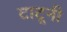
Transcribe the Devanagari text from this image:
टाटूनी